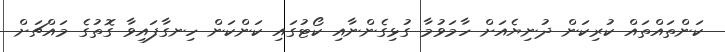
ކަންތައްތައް ކުރިކަން ދުނިޔެއަށް ހާމަވުމާ ގުޅިގެންނާއި ކޯޓުގައި ކަންކަން ހިނގާފައިވާ ގޮތުގެ މައްޗަށް